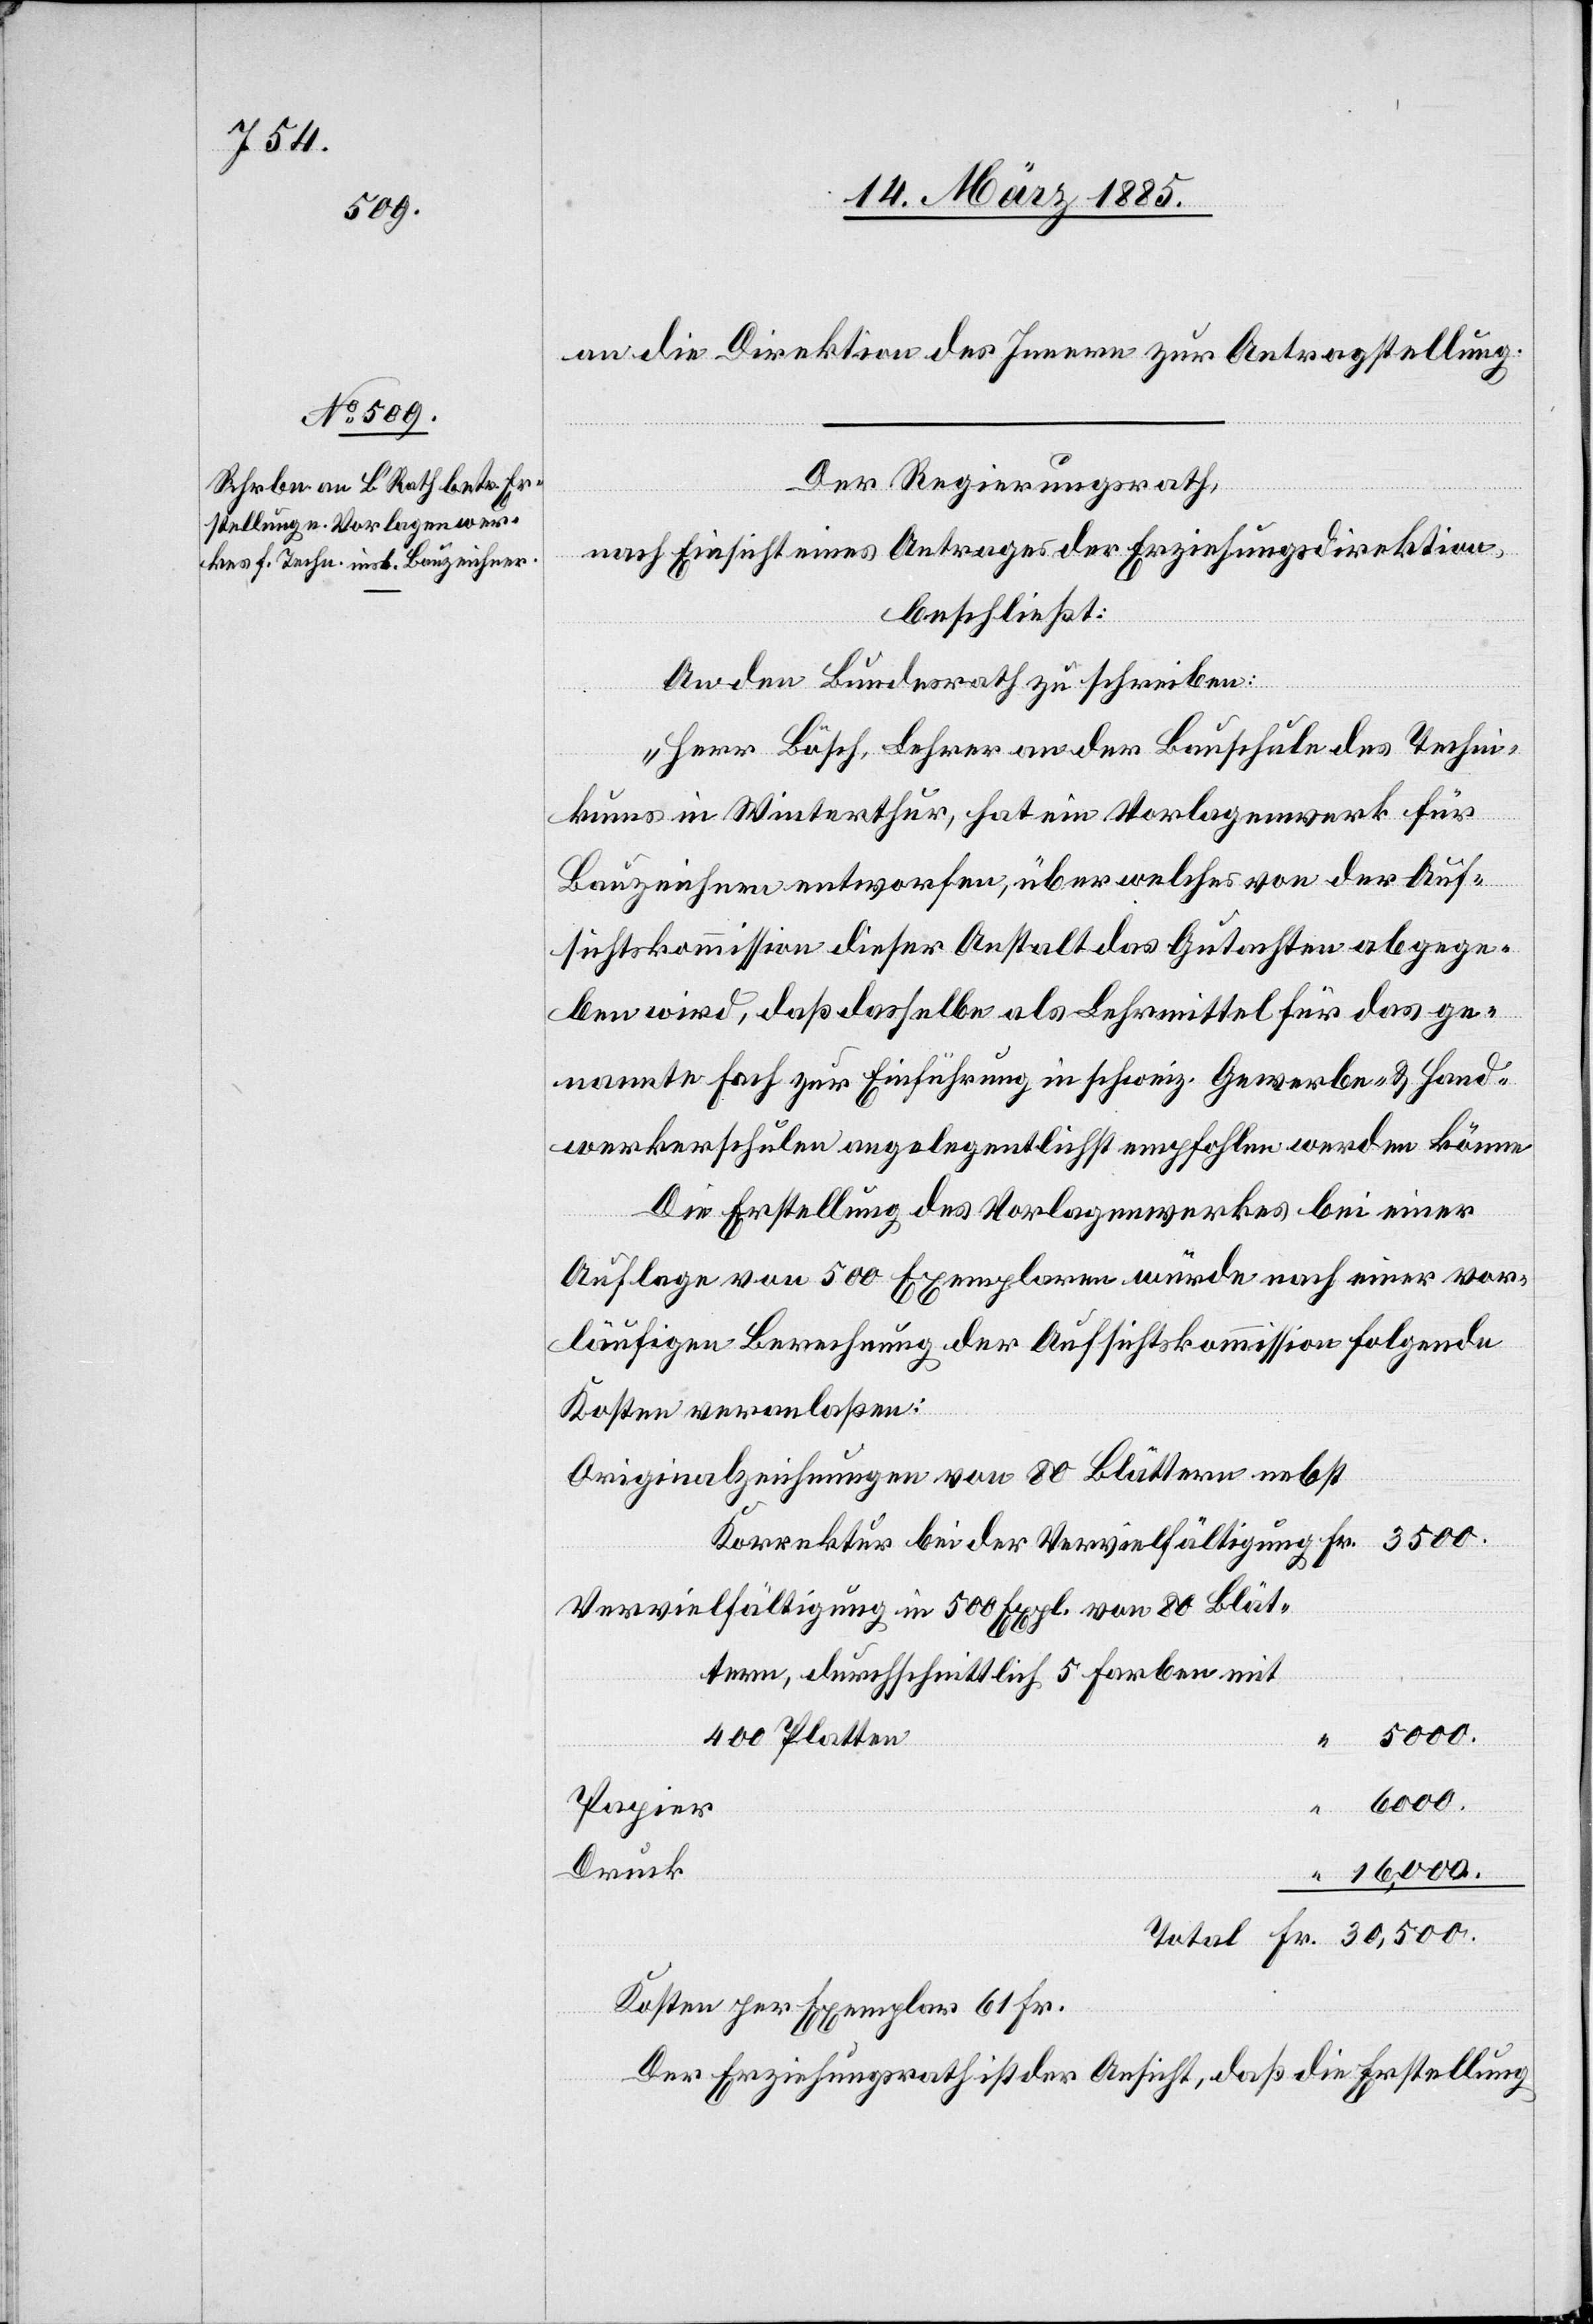
3500.

an die Direktion des Innern zur Antragstellung.
Der Regierungsrath,
“
nach Einsicht eines Antrages der Erziehungsdirektion,
beschließt:
An den Bundesrath zu schreiben:
„Herr Bösch, Lehrer an der Bauschule des Techni¬
kums in Winterthur, hat ein Vorlagenwerk für
Bauzeichnern entworfen, über welches von der Auf¬
sichtskommission dieser Anstalt das Gutachten abgege¬
ben wird, daß dasselbe als Lehrmittel für das ge¬
nannte Fach zur Einführung in schweiz. Gewerbe- & Hand¬
werkerschulen angelegentlichst empfohlen werden könne.
Die Erstellung des Vorlagenwerks bei einer
Auflage von 500 Exemplaren würde nach einer vor¬
läufigen Berechnung der Aufsichtskommission folgende
Kosten veranlaßen:
Originalzeichnungen von 80 Blättern nebst
Vervielfältigung in 500 Expl. von 80 Blät¬
tern, durchschnittlich 5 Farben mit
400 Platten
30,500.
Papier
Druck
Kosten per Exemplar 61 Fr.
Der Erziehungsrath ist der Ansicht, daß die Erstellung